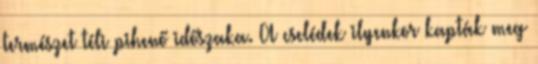
természet téli pihenő időszaka. A cselédek ilyenkor kapták meg